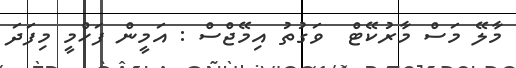
މާލޭ މަސް މާރުކޭޓް  ވަގުތު އިމޭޖްސް : އަމީން ފަހްމީ މިފަދަ